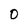
Character: o